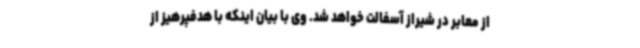
از معابر در شیراز آسفالت خواهد شد. وی با بیان اینکه با هدفپرهیز از